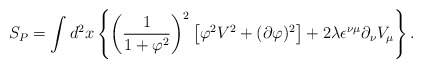
\begin{align*}S_{P}=\int d^{2}x\left\{\left(\frac{1}{1+\varphi^{2}}\right)^{2}\left[\varphi^{2}V^2+(\partial\varphi)^{2}\right]+2\lambda\epsilon^{\nu\mu}\partial_{\nu}V_{\mu}\right\}. \end{align*}